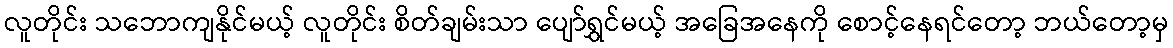
လူတိုင်း သဘောကျနိုင်မယ့် လူတိုင်း စိတ်ချမ်းသာ ပျော်ရွှင်မယ့် အခြေအနေကို စောင့်နေရင်တော့ ဘယ်တော့မှ